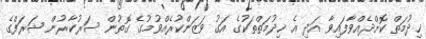
ޚިދުމަތް ކޮށްދެއްވާފައިވާ އަދި އެ ޚިދުމަތްތަކުގެ އަގު ވަޒަންކުރެއްވުމުގެ ގޮތުން ސަރުކާރުން ޝަރަފްގެ